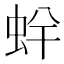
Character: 䖫